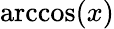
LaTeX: \operatorname{arccos}(x)